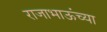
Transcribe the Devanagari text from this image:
राजाभाऊंच्या